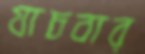
যাচবার